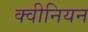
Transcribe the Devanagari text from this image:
क्वीनियन